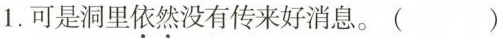
1.可是洞里依然没有传来好消息。( )